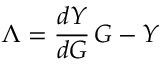
\Lambda = \frac { d Y } { d { \cal G } } \, { \cal G } - Y